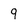
Character: 9